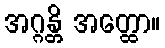
အဂ္ဂန္တိ အတ္ထော။